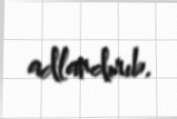
adlandırıb.